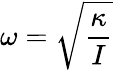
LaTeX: \omega={\sqrt{\frac{\kappa}{I}}}